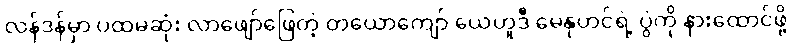
လန်ဒန်မှာ ပထမဆုံး လာဖျော်ဖြေတဲ့ တယောကျော် ယေဟူဒီ မေနုဟင်ရဲ့ ပွဲကို နားထောင်ဖို့